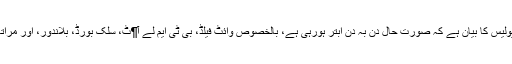
ٹریفک پولیس کا بیان ہے کہ صورتِ حال دن بہ دن ابتر ہورہی ہے، بالخصوص وائٹ فیلڈ، بی ٹی ایم لے آ¶ٹ، سِلک بورڈ، بلاندور، اور مراتاہلی میں۔